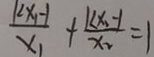
\frac { k x _ { 1 } - 1 } { x _ { 1 } } + \frac { k x _ { 2 } - 1 } { x _ { 2 } } = 1